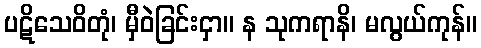
ပဋိသေဝိတုံ၊ မှီဝဲခြင်းငှာ။ န သုကရာနိ၊ မလွယ်ကုန်။